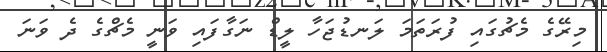
މިރޭގެ މެޗުގައި ފުރަތަމަ ލަނޑުޖަހާ ލީޑް ނަގާފައި ވަނީ މެޗްގެ ދެ ވަނަ